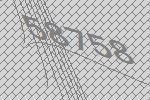
58758